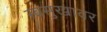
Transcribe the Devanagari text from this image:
स्वसुखावर